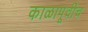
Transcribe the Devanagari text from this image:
काळापूर्वीच